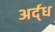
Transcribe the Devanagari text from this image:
अर्द्‌ध